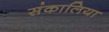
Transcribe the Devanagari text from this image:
संकालिया